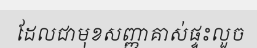
ដែលជាមុខសញ្ញាគាស់ផ្ទះលួច